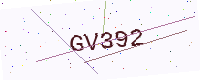
Text: GV392